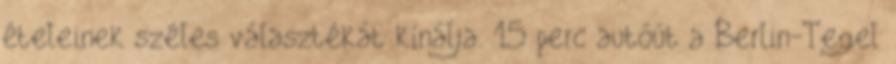
ételeinek széles választékát kínálja. 15 perc autóút a Berlin-Tegel